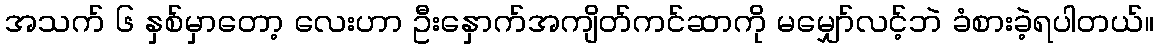
အသက် ၆ နှစ်မှာတော့ လေးဟာ ဦးနှောက်အကျိတ်ကင်ဆာကို မမျှော်လင့်ဘဲ ခံစားခဲ့ရပါတယ်။